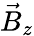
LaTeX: \vec{B}_{z}